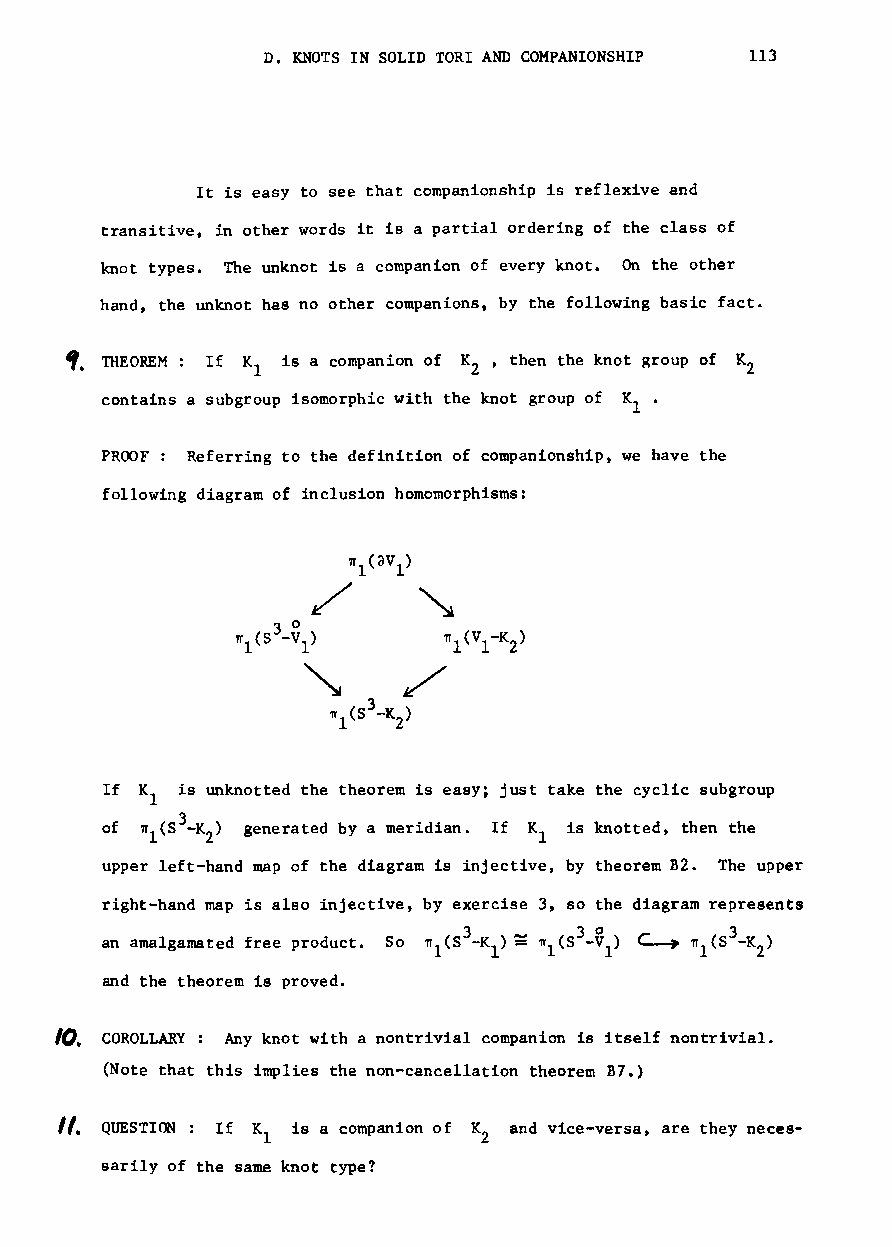
D. KNOTS IN SOLID TORI AND COMPANIONSHIP 113
 It is easy to see that companionship is reflexive and
 transitive, in other words it is a partial ordering of the class of
 knot types. The unknot is a companion of every knot. On the other
 hand, the unknot has no other companions, by the following basic fact.
 ,. THEOREM: If K is a companion of K ' then the knot group of K
 l             2                 2
 contains a subgroup isomorphic with the knot group of K .
 1
 PROOF: Referring to the definition of companionship, we have the
 following diagram of inclusion homomorphisms:
 If K is unknotted the theorem is easy; just take the cyclic subgroup
 l
 3
 of ~l(S -K ) generated by a meridian. If K is knotted, then the
 2                     1
 upper left-hand map of the diagram 1s injective, by theorem B2. The upper
 right-hand map is also injective, by exercise 3, so the diagram represents
 an amalgamated free product. So
 and the theorem is proved.
 10. COROLLARY: Any knot with a nontrivial companion 1s itself nontrivial.
 (Note that this implies the non-cancellation theorem B7.)
 ". QUESTION: If K is a companion of K and vice-versa, are they neces
 1              2
 sarily of the same knot type?